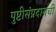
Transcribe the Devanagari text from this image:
पुष्टीसंप्रदायची